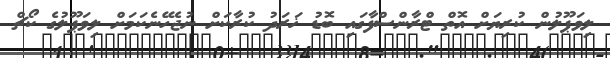
ލިވަޕޫލުން ކުރިޔަށް އޮތް ޓްރާންސްފާގައި ބޮޑު ޚަރަދު ކުރާކަށް ނުޖެހޭނެކަމަށް ލިވަޕޫލުގެ ކޯޗް